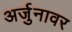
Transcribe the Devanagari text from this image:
अर्जुनावर